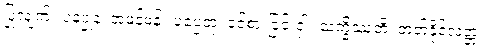
ပြုလျက်။ ပုနပ္ပုနံ၊ အဖန်ဖန်။ ပပ္ပေတုံ၊ ဝင်စားခြင်းငှါ။ သက္ခိဿတိ၊ တတ်နိုင်လတ္တံ့။